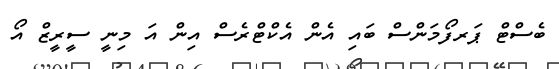
ބެސްޓް ޕަރފޯމަންސް ބައި އެން އެކްޓްރެސް އިން އަ މިނީ ސީރީޒް އޯ